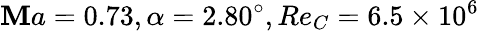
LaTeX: \mathbf{M}a=0.73,\alpha=2.80^{\circ},Re_{C}=6.5\times{10^{6}}